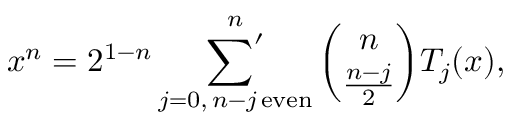
x ^ { n } = 2 ^ { 1 - n } \mathop { { \sum } ^ { \prime } } _ { j = 0 , \, n - j \, \mathrm { e v e n } } ^ { n } { \binom { n } { \frac { n - j } { 2 } } } T _ { j } ( x ) ,